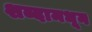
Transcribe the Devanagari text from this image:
शब्दामधून